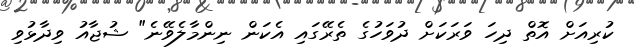
ކުރިއަށް އޮތް ދިހަ ވަރަކަށް ދުވަހުގެ ތެރޭގައި އެކަން ނިންމާލެވޭނެ" ޝުޖާއު ވިދާޅުވި